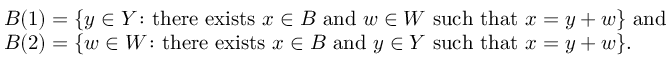
\begin{array} { r l } & { B ( 1 ) = \{ y \in Y \colon \mathrm { t h e r e ~ e x i s t s ~ } x \in B \mathrm { ~ a n d ~ } w \in W \mathrm { ~ s u c h ~ t h a t ~ } x = y + w \} \mathrm { ~ a n d ~ } } \\ & { B ( 2 ) = \{ w \in W \colon \mathrm { t h e r e ~ e x i s t s ~ } x \in B \mathrm { ~ a n d ~ } y \in Y \mathrm { ~ s u c h ~ t h a t ~ } x = y + w \} . } \end{array}